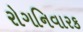
રોગનિવારક